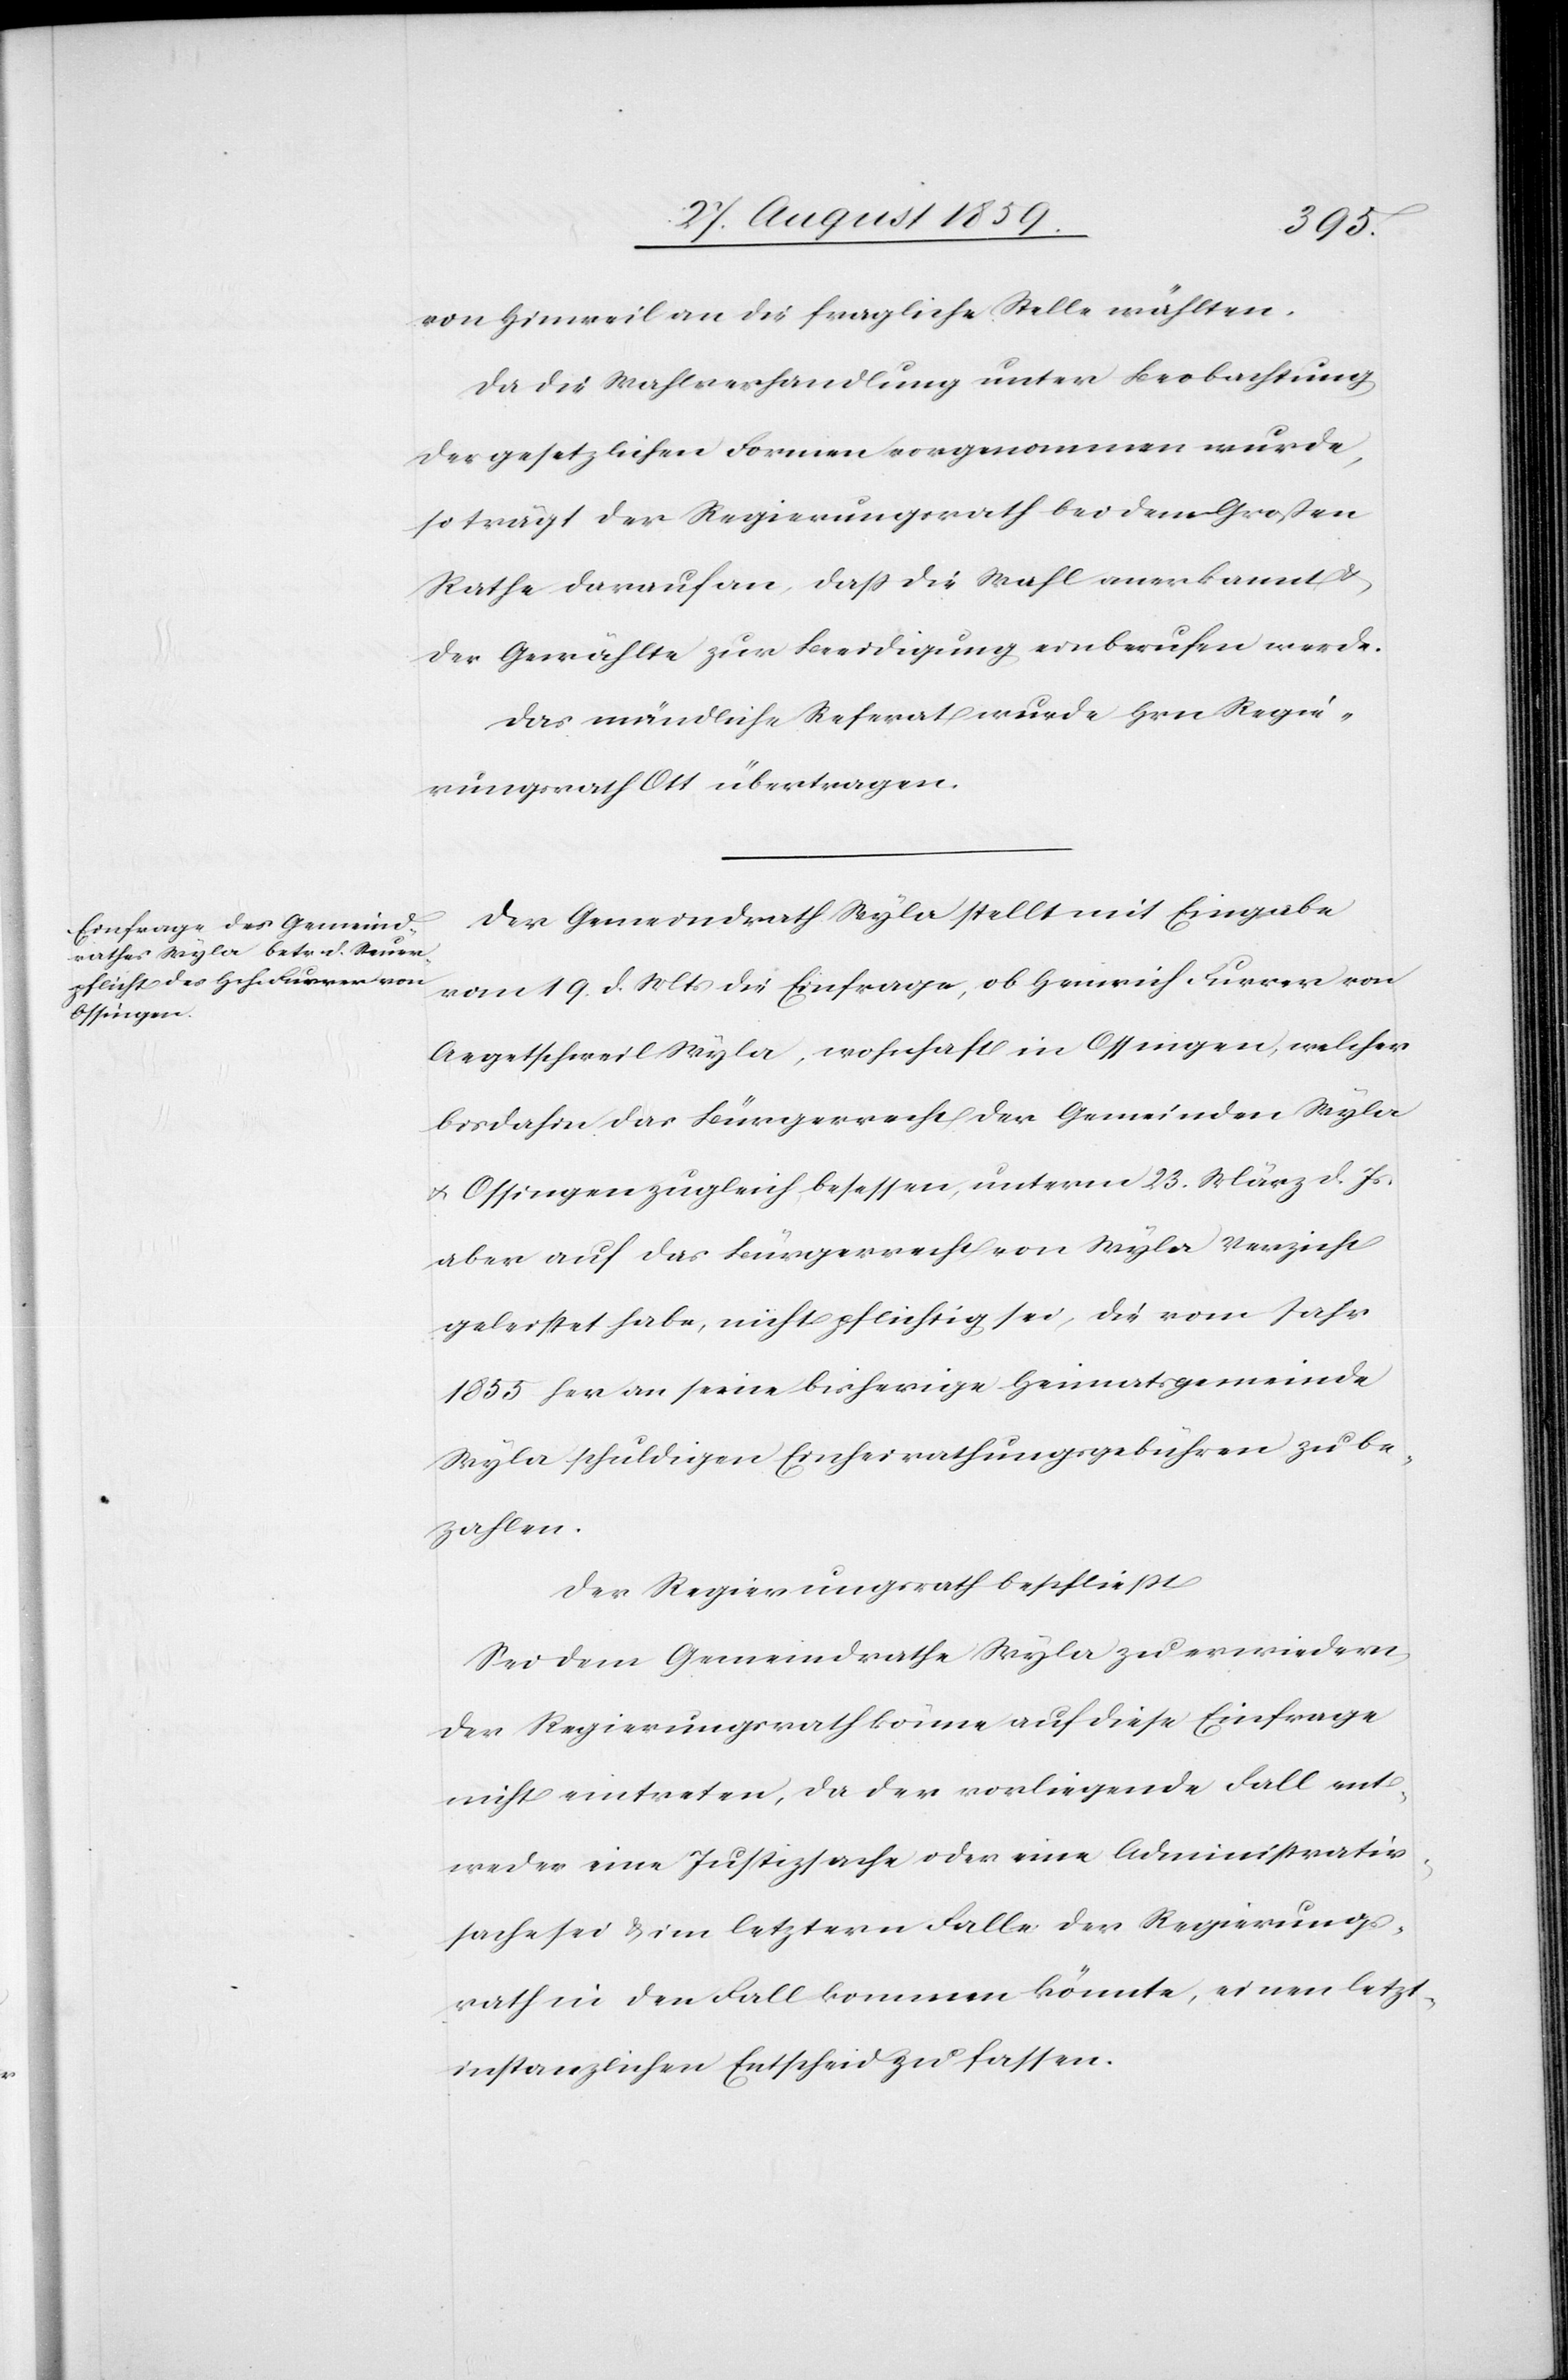
von Hinweil an die fragliche Stelle wählten.
Da die Wahlverhandlung unter Beobachtung
der gesetzlichen Formen vorgenommen wurde,
so trägt der Regierungsrath bei dem Großen
Rathe darauf an, daß die Wahl anerkannt &
der Gewählte zur Beeidigung einberufen werde.
Das mündliche Referat wurde Hrn. Regie¬
rungsrath Ott übertragen.
Der Gemeindrath Wyla stellt mit Eingabe
vom 19. d. Mts. die Einfrage, ob Heinrich Furrer von
Aegetschweil Wyla, wohnhaft in Ossingen, welcher
bisdahin das Bürgerrecht der Gemeinden Wyla
& Ossingen zugleich besessen, unterm 23. März d. Js.
aber auf das Bürgerrecht von Wyla Verzicht
geleistet habe, nicht pflichtig sei, die vom Jahr
1855 her an seine bisherige Heimatsgemeinde
Wyla schuldigen Einheirathungsgebühren zu be¬
zahlen.
Der Regierungsrath beschließt
Sei dem Gemeindrathe Wyla zu erwiedern,
der Regierungsrath könne auf diese Einfrage
nicht eintreten, da der vorliegende Fall ent¬
weder eine Justizsache oder eine Administrativ¬
sache sei & im letztern Falle der Regierungs¬
rath in den Falle kommen könnte, einen letzt¬
instanzlichen Entscheid zu fassen.